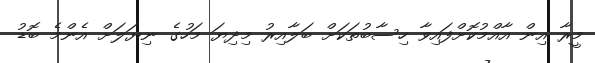
މީރާ އިން އާއްމުކޮށްފައިވާ ހިސާބުތަކަށް ބަލާއިރު މިދިޔަ މަހުގެ ނިޔަލަށް އެންމެ ބޮޑު